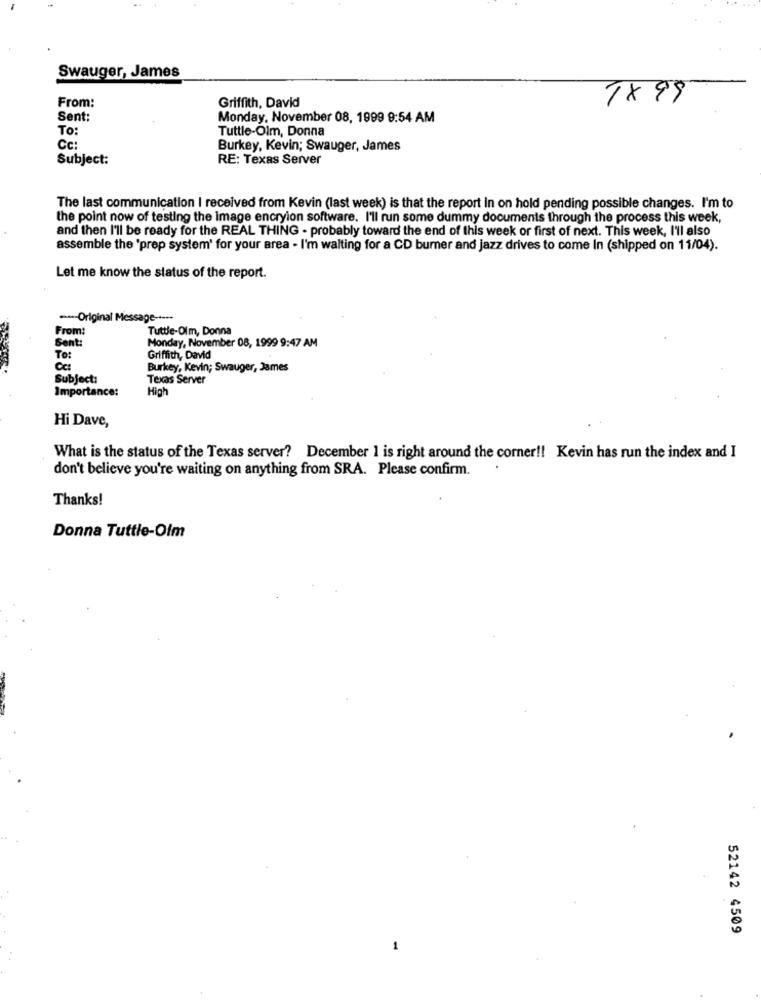
Swauger, James
From:
Griffith, David
TX 99
Sent:
Monday, November 08, 1999 9:54 AM
To:
Tuttle-Olm, Donna
Cc:
Burkey, Kevin; Swauger, James
Subject:
RE: Texas Server
The last communication I received from Kevin (last week) is that the report In on hold pending possible changes. I'm to
the point now of testing the Image encryion software. I'll run some dummy documents through the process this week,
and then I'll be ready for the REAL THING - probably toward the end of this week or first of next. This week, I'll also
assemble the 'prep system' for your area - I'm waiting for a CD burner and jazz drives to come In (shipped on 11/04).
Let me know the status of the report.
--- Original Message -----
From
Tuttle-Olm, Donna
Sent:
Monday, November 08, 1999 9:47 AM
To:
Griffith, David
Cc:
Burkey, Kevin; Swauger, James
Subject:
Texas Server
Importance:
High
Hi Dave,
What is the status of the Texas server? December 1 is right around the corner !! Kevin has run the index and I
don't believe you're waiting on anything from SRA. Please confirm.
Thanks!
Donna Tuttie-Olm
52142 4509